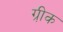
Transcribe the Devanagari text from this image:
ग्री़क